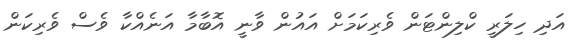
އަދި ހިލަރީ ކްލިންޓަން ވެރިކަމަށް އައުން ވާނީ އޮބާމާ އަނެއްކާ ވެސް ވެރިކަން